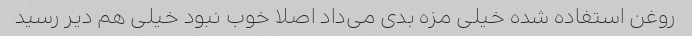
روغن استفاده شده خیلی مزه بدی می‌داد اصلا خوب نبود خیلی هم دیر رسید